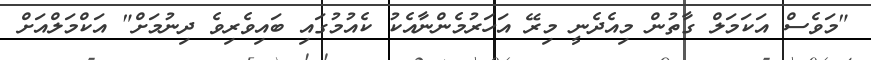
"މަވެސް އަކަމަލް ގާތުން މިއެދެނީ މިރޭ އަހަރުމެންނާއެކު ކެއުމުގައި ބައިވެރިވެ ދިނުމަށް" އަކްމަލްއަށް